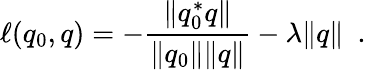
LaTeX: \mathbf\ell(q_{0},q)=-\frac{\| q_{0}^{*}q\| }{\| q_{0}\| \| q\| }-\lambda\| q\| \enspace.